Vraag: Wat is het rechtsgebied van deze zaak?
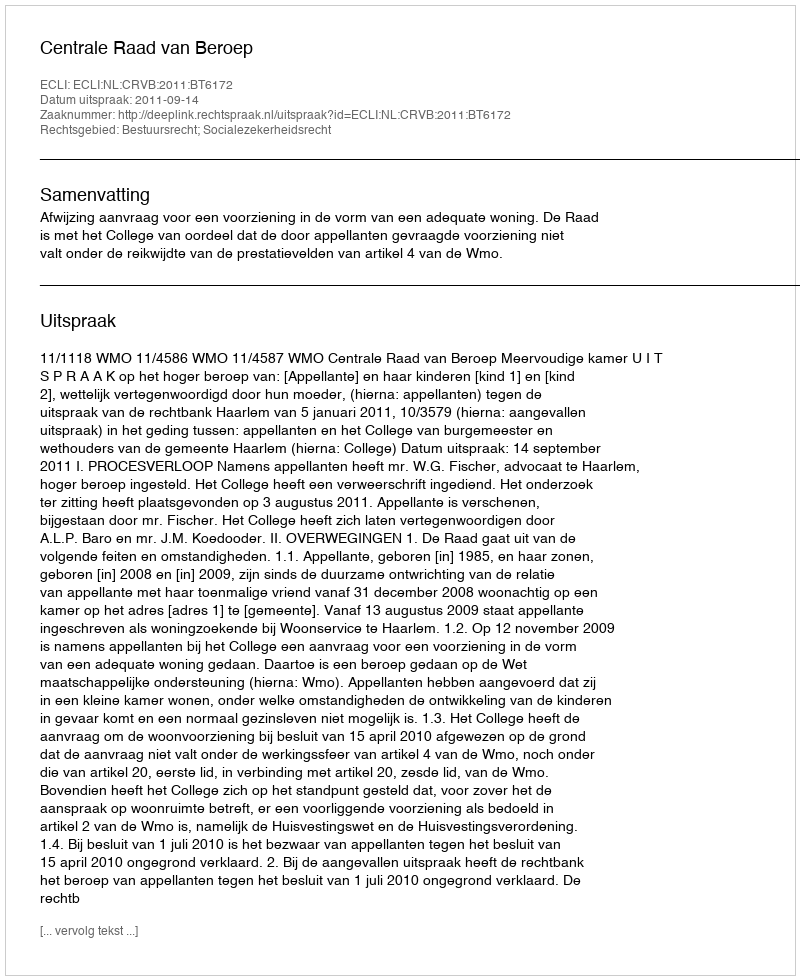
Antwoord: Bestuursrecht; Socialezekerheidsrecht